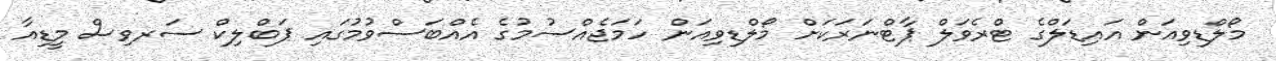
މޯލްޑިވިއަން އައިޑަލްގެ ޓްރެވަލް ޕާޓްނަރަކަށް މޯލްޑިވިއަން ހަމަޖެއްސުމުގެ އެއްބަސްވުމުގައި ޕަބްލިކް ސަރވިސް މީޑިއާ